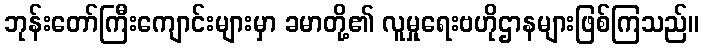
ဘုန်းတော်ကြီးကျောင်းများမှာ ခမာတို့၏ လူမှုရေးဗဟိုဌာနများဖြစ်ကြသည်။